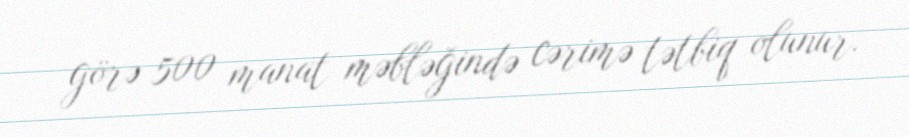
görə 500 manat məbləğində cərimə tətbiq olunur.